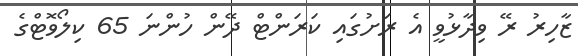
ޒާހިރު ރޭ ވިދާޅުވީ އެ ރަށުގައި ކަރަންޓް ދޭން ހުންނަ 65 ކިލޯވޮޓްގެ